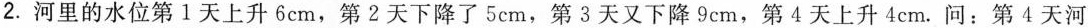
2.河里的水位第1天上升6cm，第2天下降了5cm，第3天又下降9cm，第4天上升4cm.问：第4天河